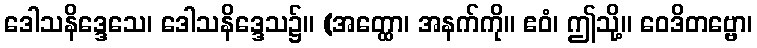
ဒေါသနိဒ္ဒေသေ၊ ဒေါသနိဒ္ဒေသ၌။ (အတ္ထော၊ အနက်ကို။ ဧဝံ၊ ဤသို့။ ဝေဒိတဗ္ဗော၊